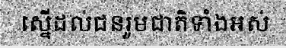
ស្នើដល់ជនរួមជាតិទាំងអស់